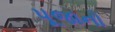
પૂજાનો